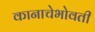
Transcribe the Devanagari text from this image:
कानाचेभोवती